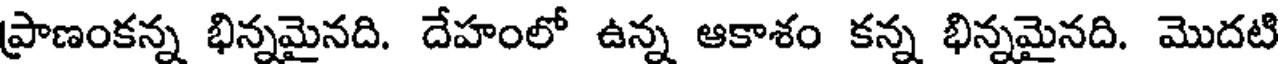
ప్రాణంకన్న భిన్నమైనది. దేహంలో ఉన్న ఆకాశం కన్న భిన్నమైనది. మొదటి